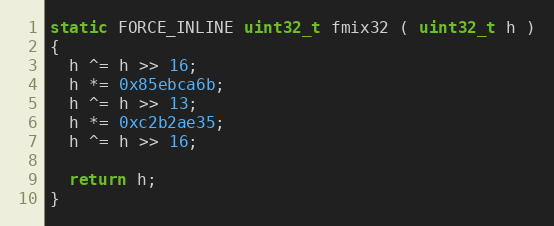
Language: C
static FORCE_INLINE uint32_t fmix32 ( uint32_t h )
{
  h ^= h >> 16;
  h *= 0x85ebca6b;
  h ^= h >> 13;
  h *= 0xc2b2ae35;
  h ^= h >> 16;

  return h;
}